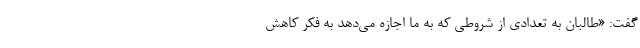
گفت: «طالبان به تعدادی از شروطی که به ما اجازه می‌دهد به فکر کاهش